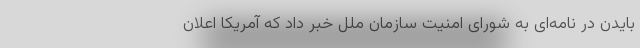
بایدن در نامه‌ای به شورای امنیت سازمان ملل خبر داد که آمریکا اعلان